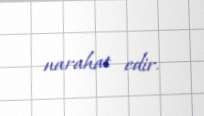
narahat edir.